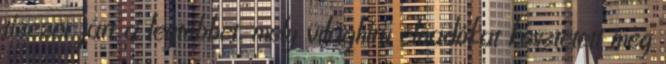
tízezer járt a legtöbbet, mely világhírű előadókat késztetett még